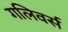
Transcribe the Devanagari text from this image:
गलिवर्स